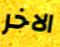
الاخر